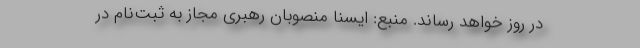
در روز خواهد رساند. منبع: ایسنا منصوبان رهبری مجاز به ثبت‌نام در